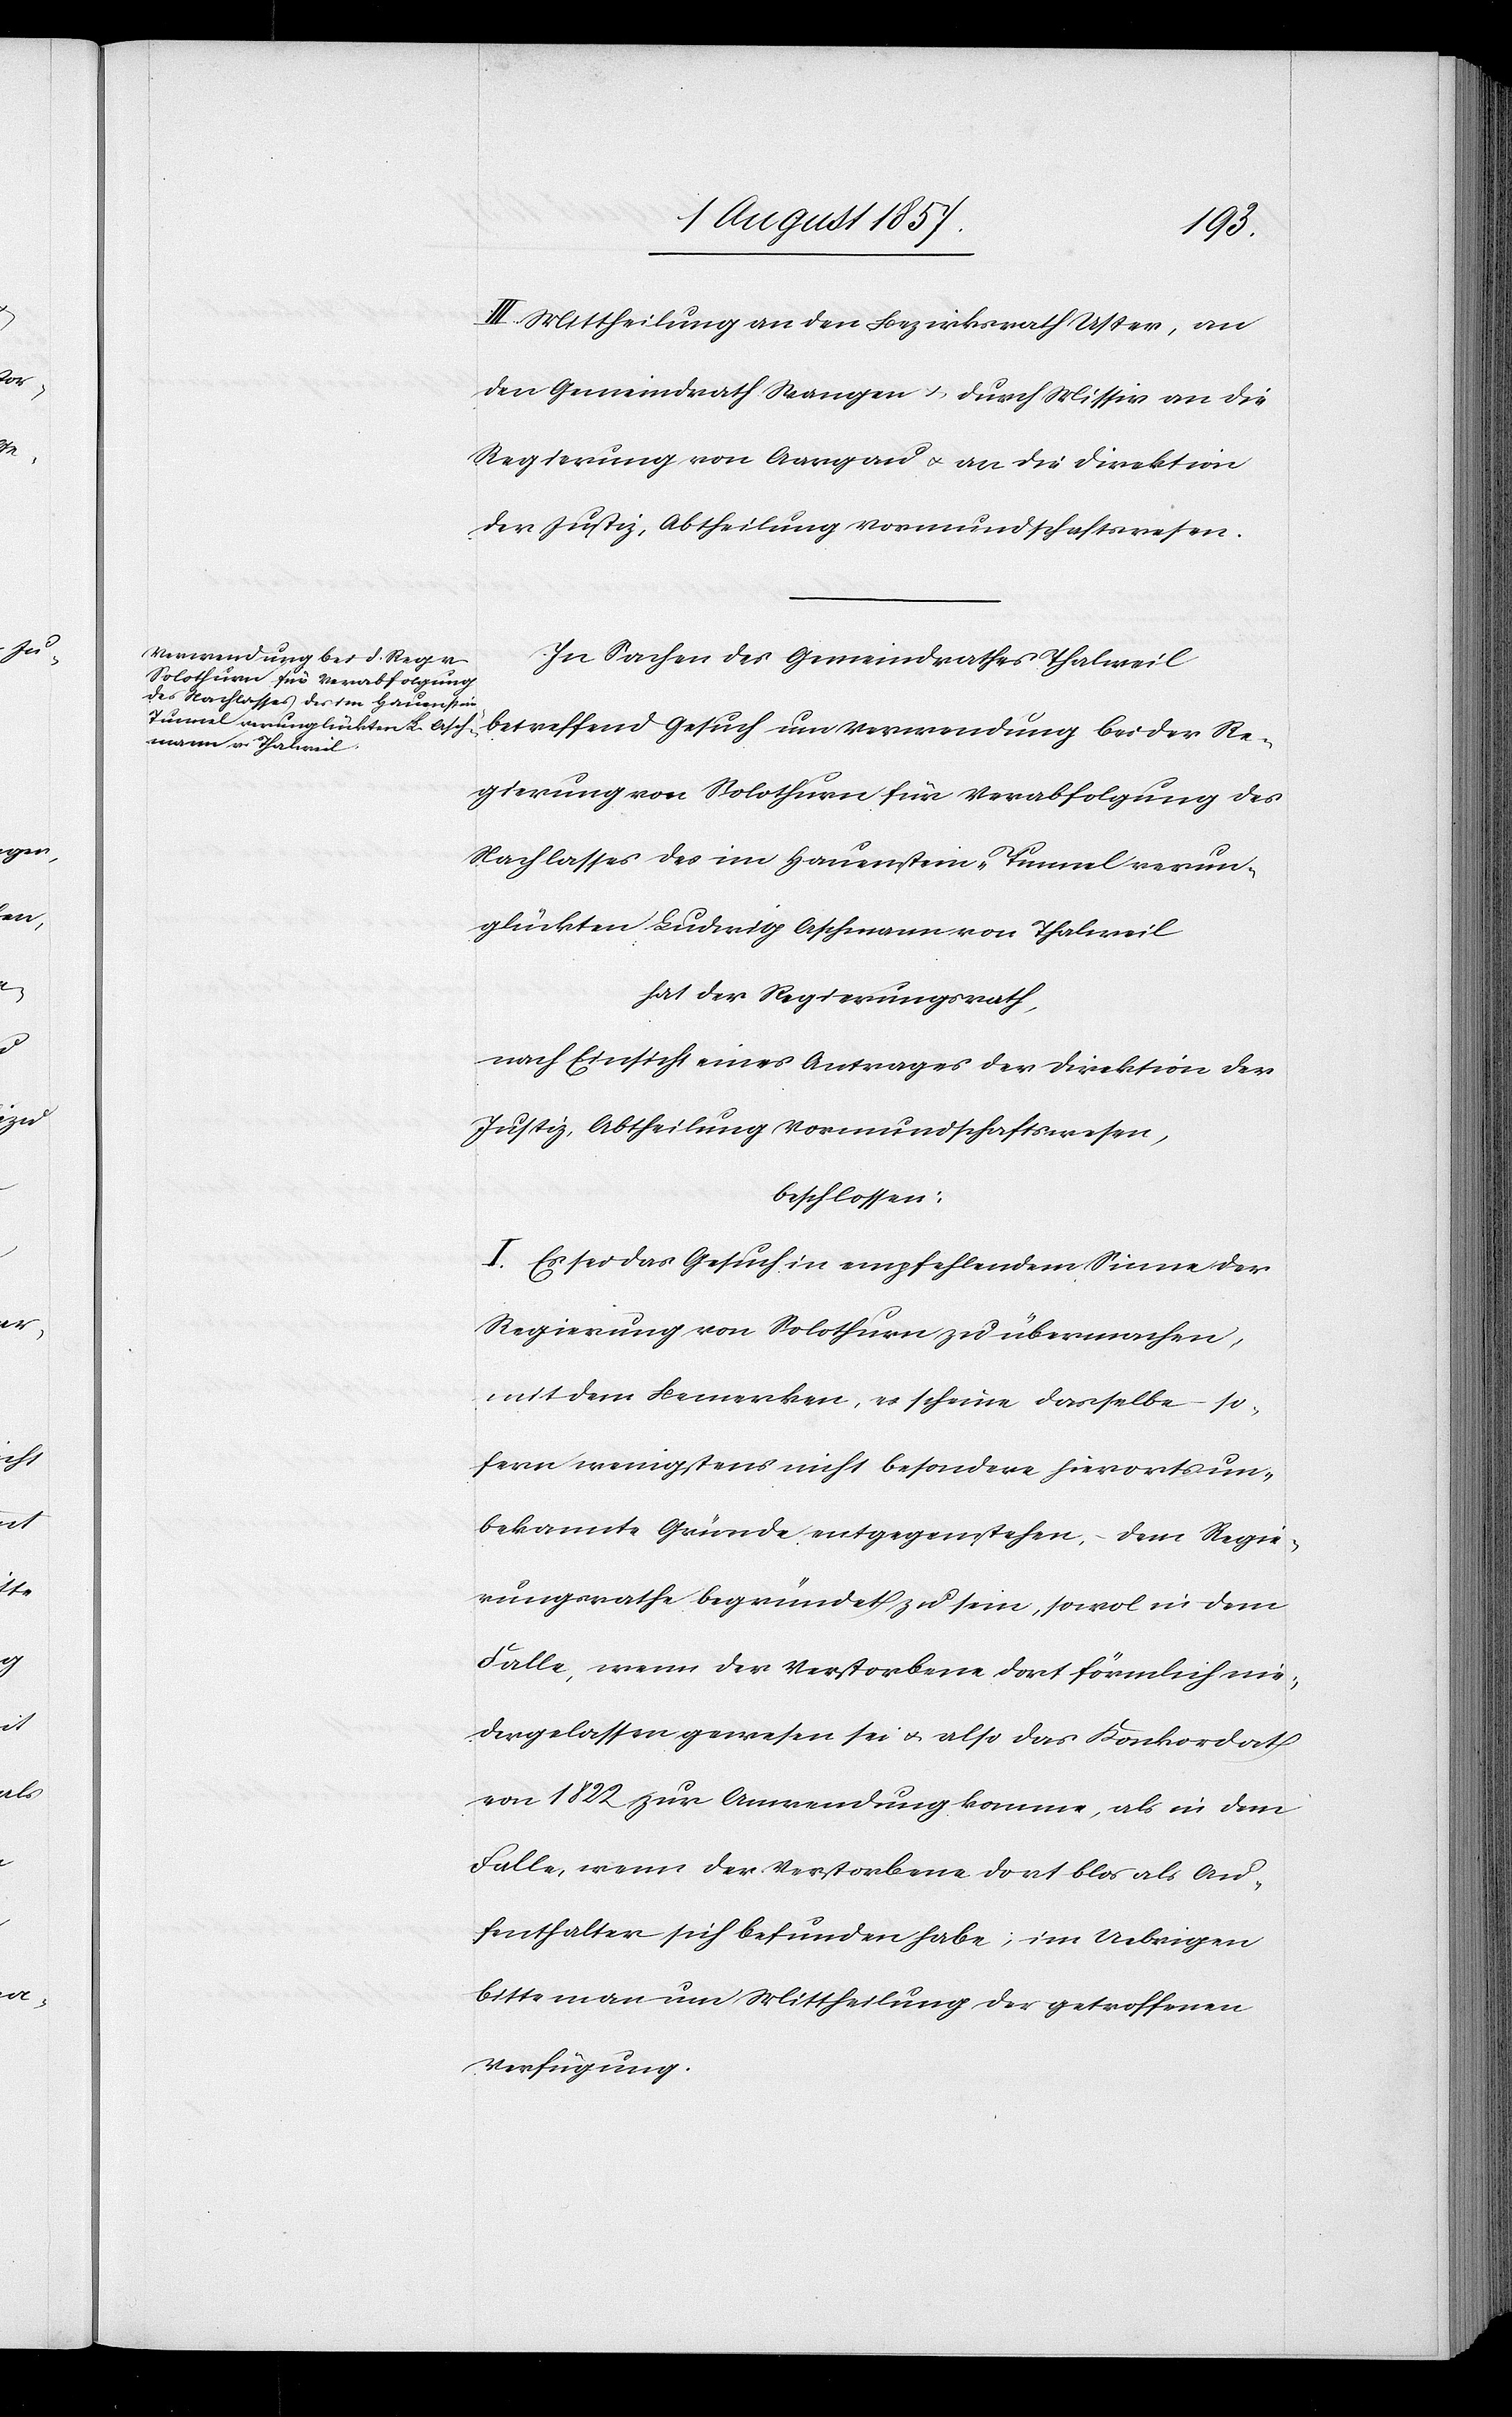
lassen
III. Mittheilung an den Bezirksrath Uster, an
den Gemeindrath Wangen & durch Missiv an die
Regierung von Aargau & an die Direktion
der Justiz, Abtheilung Vormundschaftswesen.
In Sachen des Gemeindrathes Thalweil
betreffend Gesuch um Verwendung bei der Re¬
gierung von Solothurn für Verabfolgung des
Nachlasses des im Hauenstein-Tunnel verun¬
glückten Ludwig Aschmann von Thalweil
hat der Regierungsrath,
nach Einsicht eines Antrages der Direktion der
Justiz, Abtheilung Vormundschaftswesen,
beschlossen:
I. Es sei das Gesuch in empfehlendem Sinne der
Regierung von Solothurn zu übermachen,
mit dem Bemerken, es scheine dasselbe – so¬
fern wenigstens nicht besondere hierorts un¬
bekannte Gründe entgegenstehen, – dem Regie¬
rungsrathe begründet zu sein, sowol in dem
Falle, wenn der Verstorbene dort förmlich nie¬
von 1822 zur Anwendung komme, als in dem
Falle, wenn der Verstorbene dort blos als Au¬
fenthalter sich befunden habe, im Uebrigen
bitte man um Mittheilung der getroffenen
Verfügung.